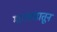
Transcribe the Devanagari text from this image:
महाखंडातून